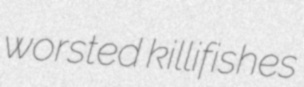
worsted killifishes